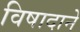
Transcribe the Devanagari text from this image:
विषादाने